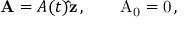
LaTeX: { \bf A } = A ( t ) { \bf \hat { z } } \, , \qquad \mathrm { A _ { 0 } = 0 } \, ,